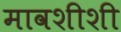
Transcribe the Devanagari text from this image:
मावशीशी